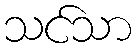
သင်သာ